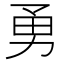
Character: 勇